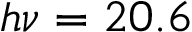
h \nu = 2 0 . 6